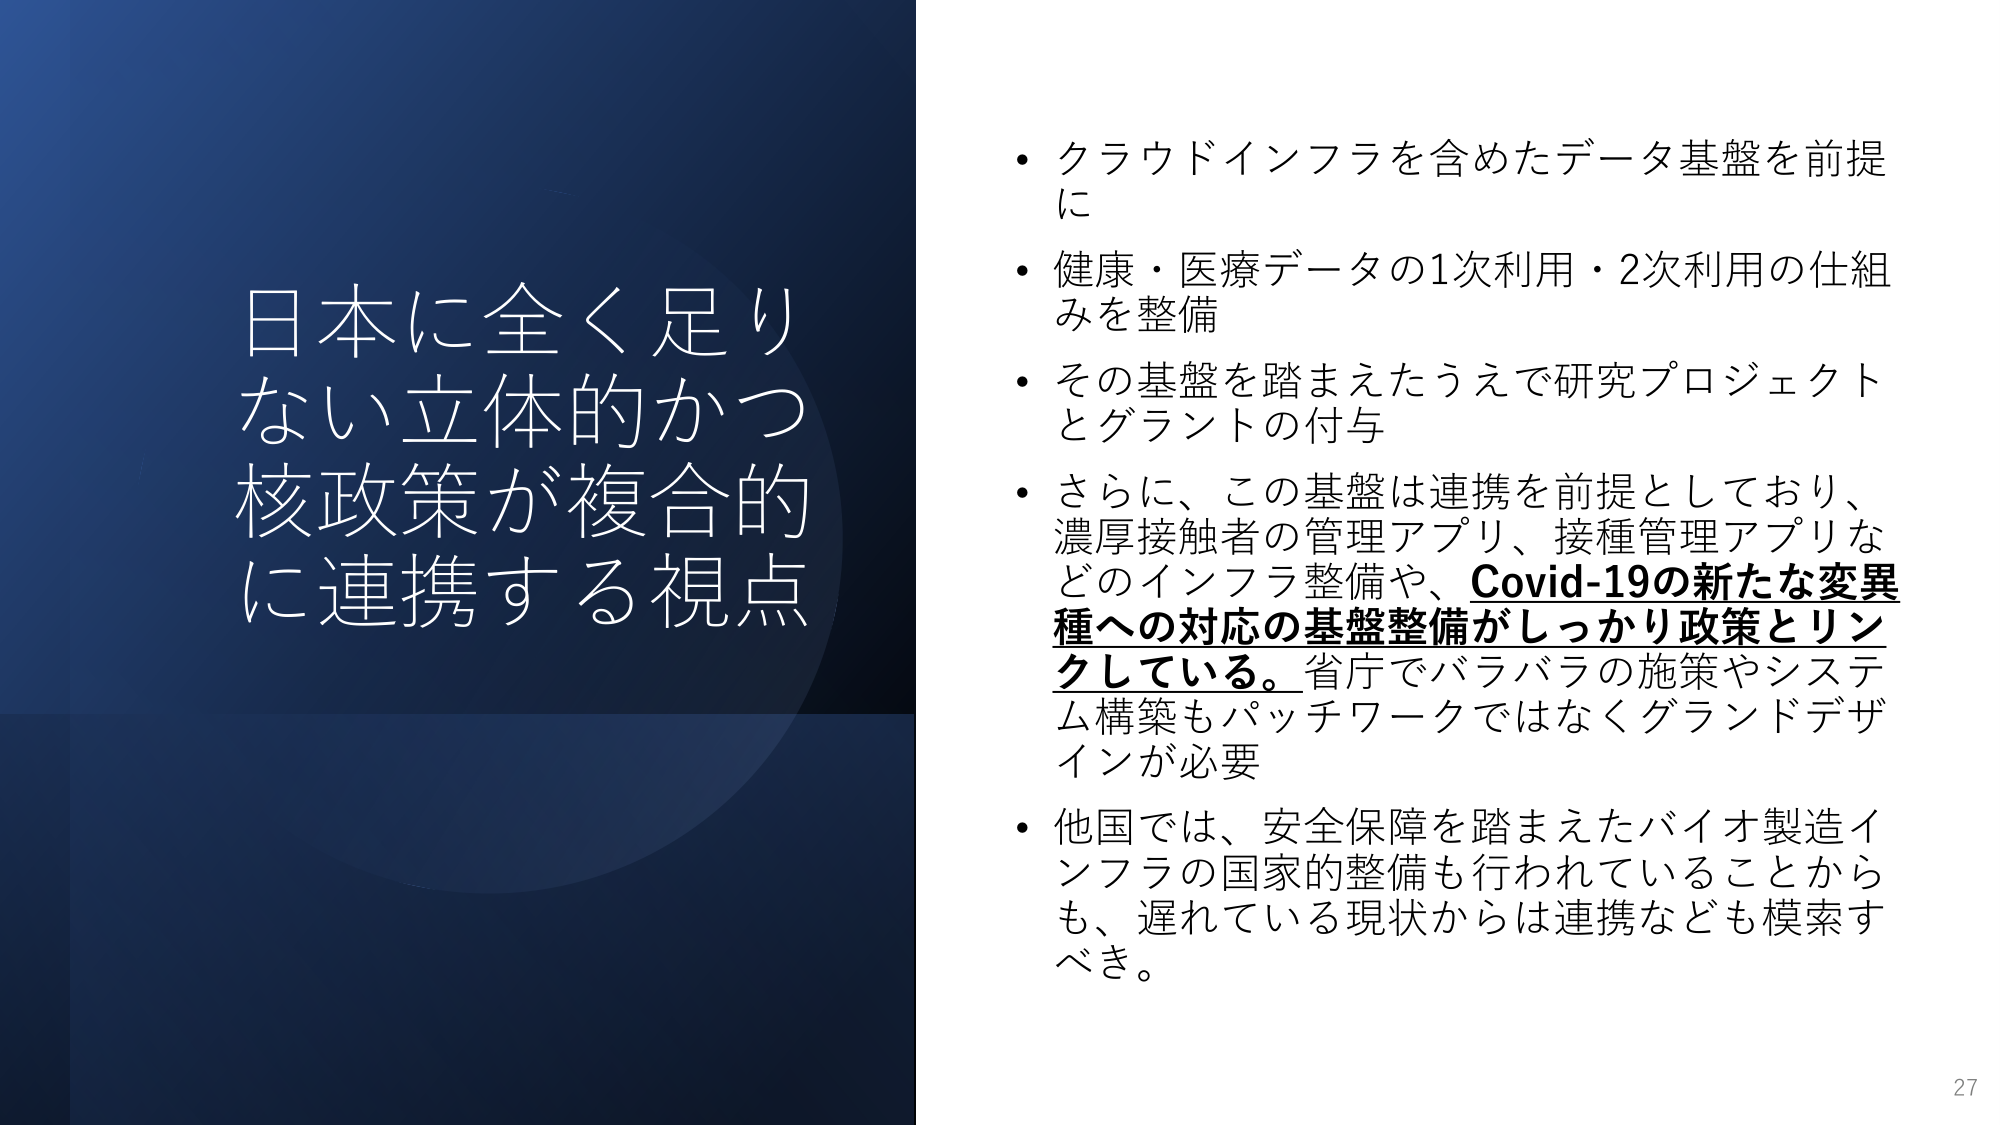
日本に全く足り
ない立体的かつ
核政策が複合的
に連携する視点

・クラウドインフラを含めたデータ基盤を前提
に
・健康・医療データの1次利用・2次利用の仕組
みを整備
・その基盤を踏まえたうえで研究プロジェクト
とグラントの付与
・さらに、この基盤は連携を前提としており、
濃厚接触者の管理アプリ、接種管理アプリな
どのインフラ整備や、Covid-19の新たな変異
種への対応の基盤整備がしっかり政策とリン
クしている。省庁でバラバラの施策やシステ
ム構築もパッチワークではなくグランドデザ
インが必要
・他国では、安全保障を踏まえたバイオ製造イ
ンフラの国家的整備も行われていることから
も、遅れている現状からは連携なども模索す
べき。

27